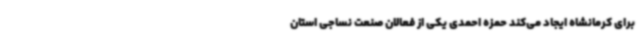
برای کرمانشاه ایجاد می‌کند حمزه احمدی یکی از فعالان صنعت نساجی استان